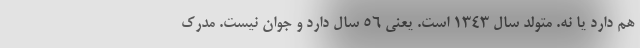
هم دارد یا نه. متولد سال 1343 است. یعنی 56 سال دارد و جوان نیست. مدرک